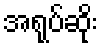
အရုပ်ဆိုး